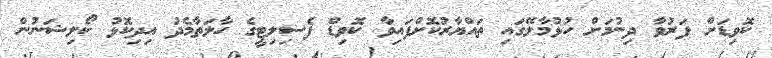
ކޮވިޑަށް ފަރުވާ ދިނުމަށް ހުޅުމާލޭގައި ތައްޔާރުކޮށްފައިވާ ކޮވިޑް ފެސިލިޓީގެ ހާލަތާމެދު އިދިކޮޅު ކޯލިޝަނުން